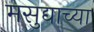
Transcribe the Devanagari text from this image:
मसुद्याच्या